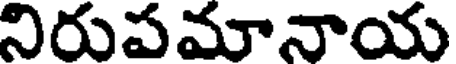
నిరుపమానాయ